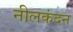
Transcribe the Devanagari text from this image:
नीलकंदन